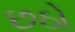
છઠો